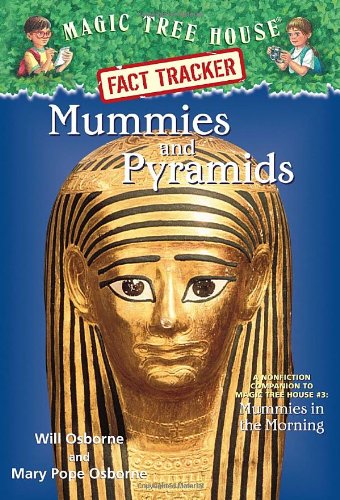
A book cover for Magic Tree House Fact Tracker #3: Mummies and Pyramids: A Nonfiction Companion to Magic Tree House #3: Mummies in the Morning; Mary Pope Osborne; Children's Books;